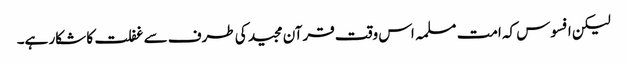
لیکن افسوس کہ امت مسلمہ اس وقت قرآن مجید کی طرف سے غفلت کا شکار ہے۔